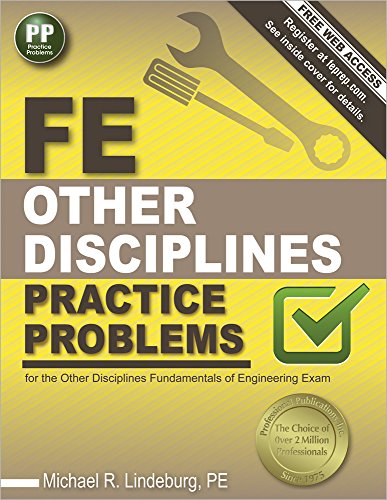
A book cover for FE Other Disciplines Practice Problems; Michael  R. Lindeburg PE; Test Preparation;